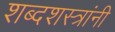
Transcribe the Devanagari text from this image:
शब्दशस्त्रांनी